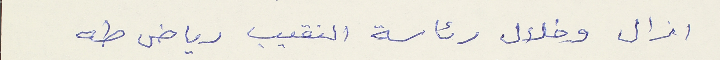
ازال وخلال رئاسة النقيب رياض طه